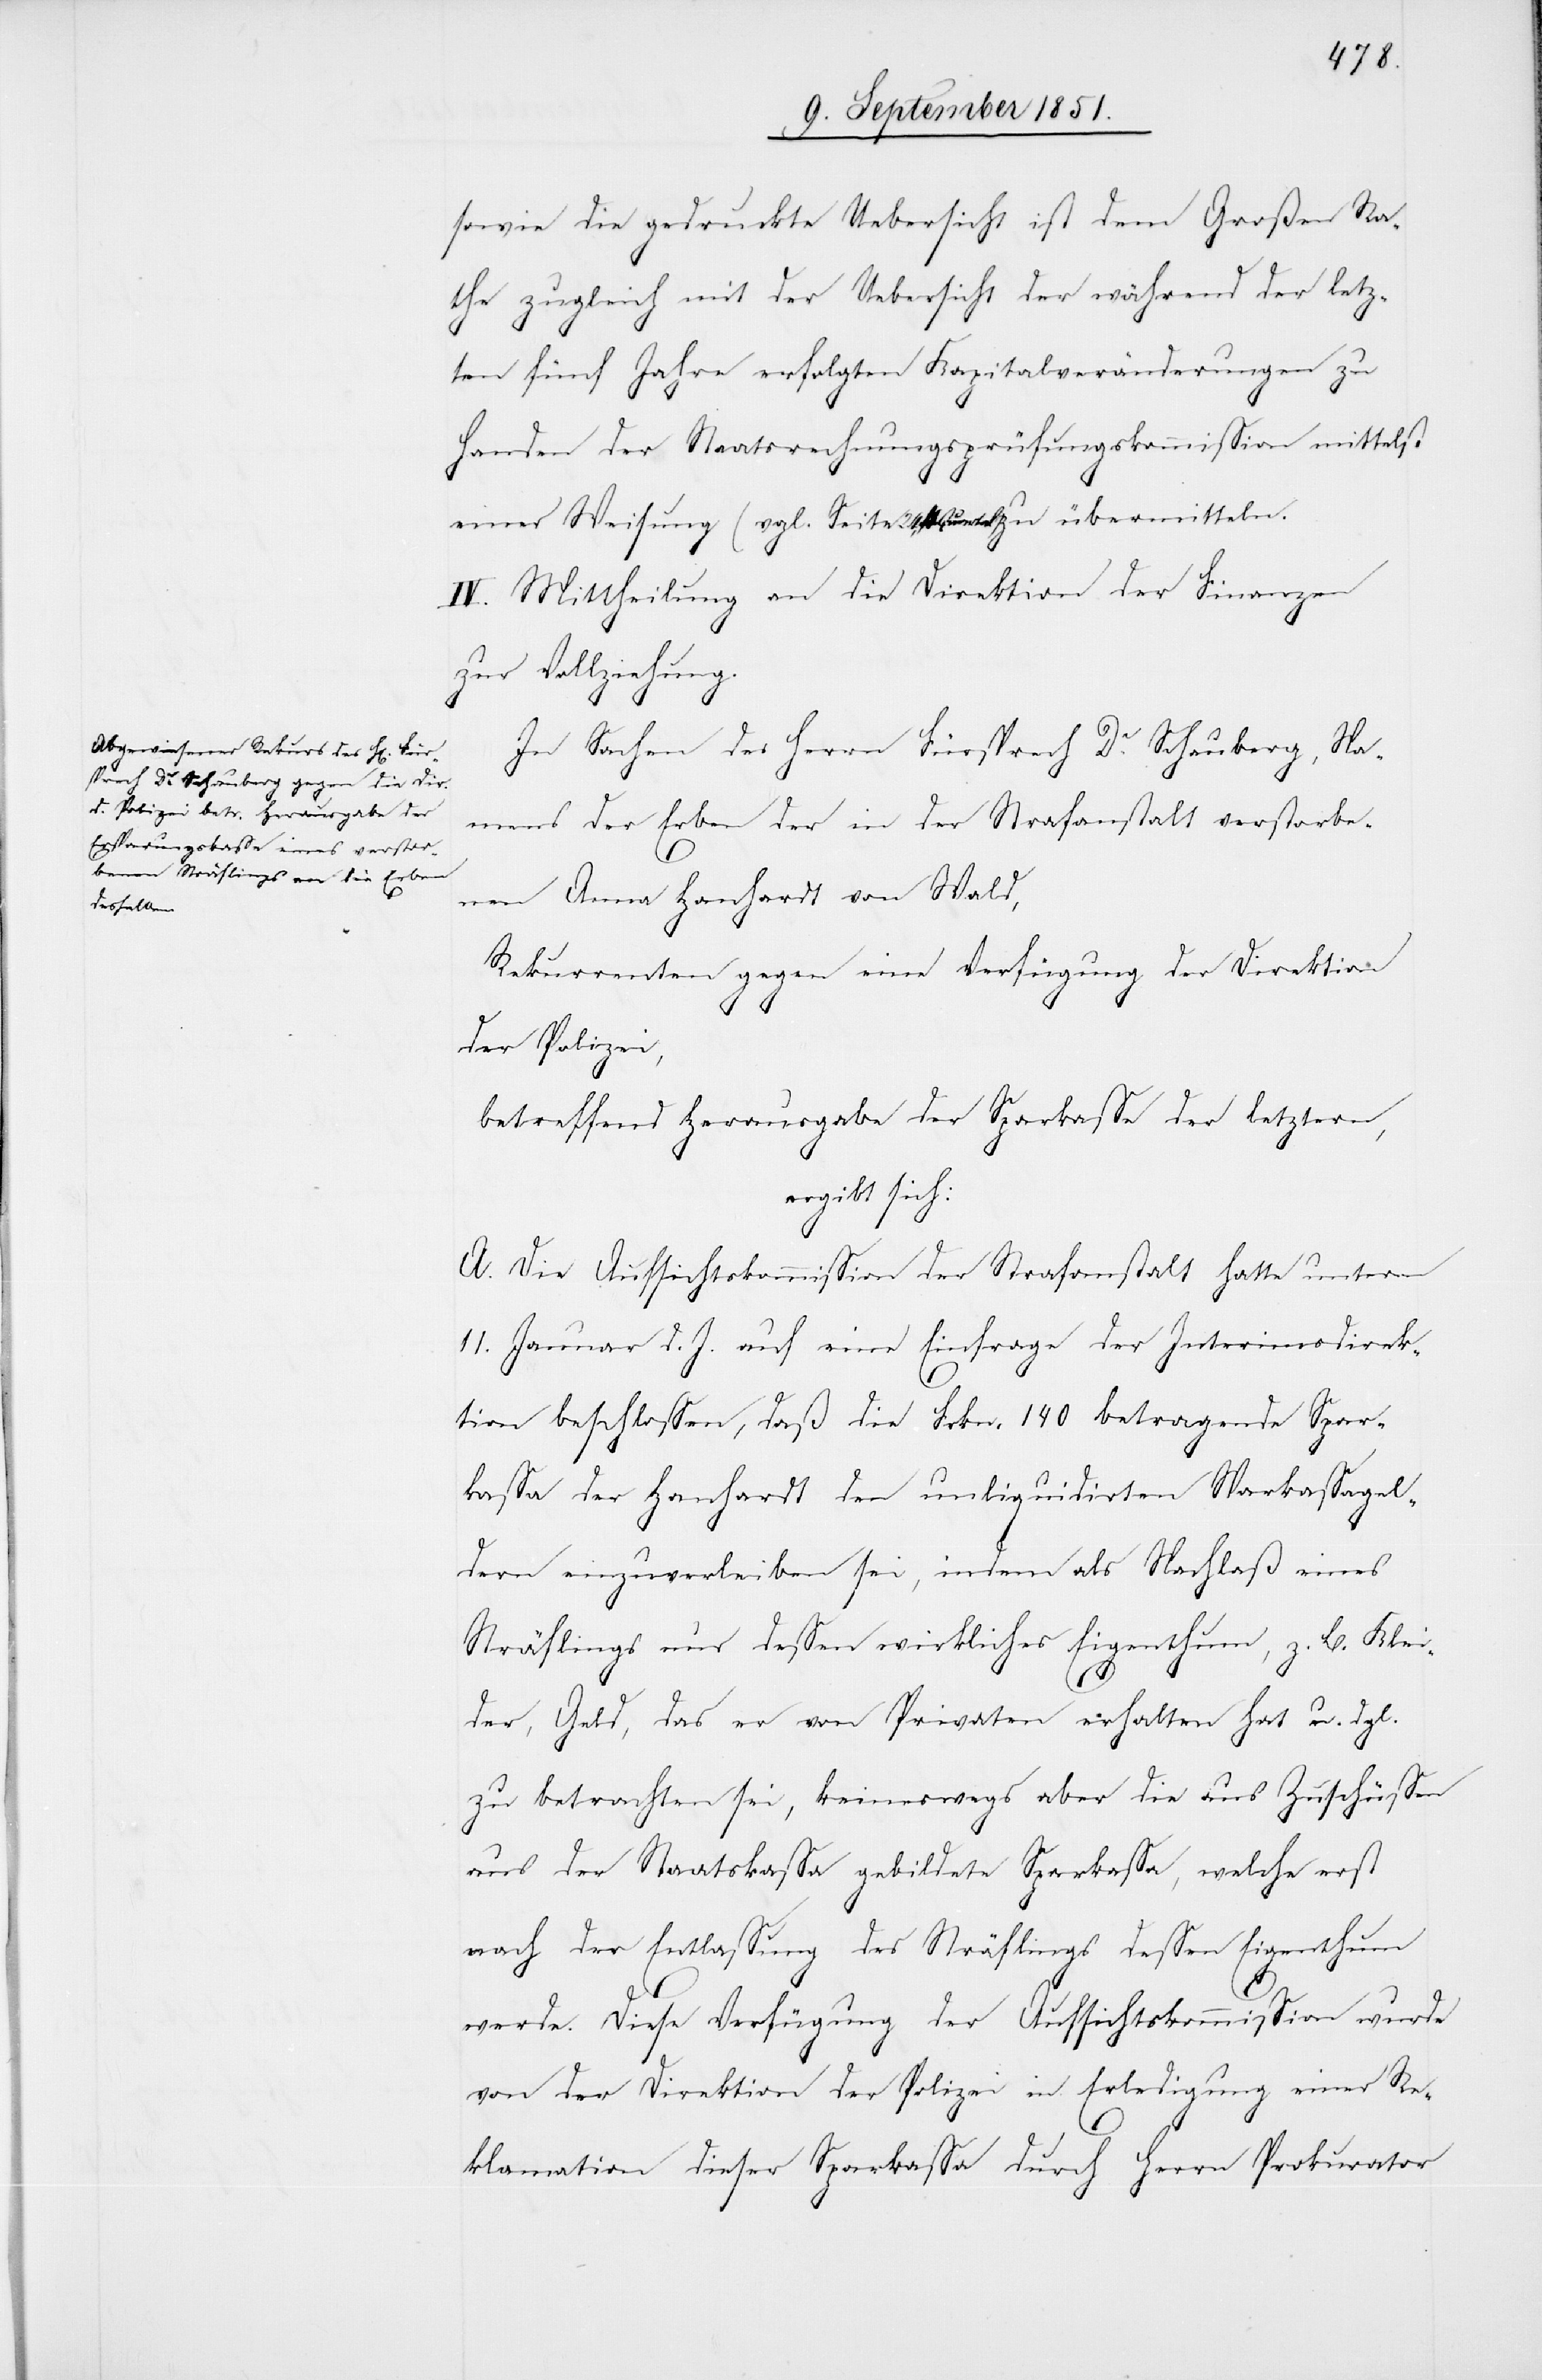
sowie die gedruckte Uebersicht ist dem Großen Ra¬
the zugleich mit der Uebersicht der während der letz¬
ten fünf Jahre erfolgten Kapitalveränderungen zu
Handen der Staatsrechnungsprüfungskommission mittelst
einer Weisung (vgl. Seite 24, 4. Quartal) zu übermitteln.
IV. Mittheilung an die Direktion der Finanzen
zur Vollziehung.
In Sachen des Herrn Fürsprech Dr. Schauberg, Na¬
mens der Erben der in der Strafanstalt verstorbe¬
nen Anna Hanhardt von Wald,
Rekurrenten gegen eine Verfügung der Direktion
der Polizei,
betreffend Herausgabe der Sparkasse der letztern,
ergibt sich:
A. Die Aufsichtskommission der Strafanstalt hatte unterm
11. Januar d. J. auf eine Einfrage der Interimsdirek¬
tion beschlossen, daß die Frkn. 140 betragende Spar¬
kassa der Hanhardt den unliquidirten Sparkassagel¬
dern einzuverleiben sei, indem als Nachlaß eines
Sträflings nur dessen wirkliches Eigenthum, z. B. Klei¬
der, Geld, das er von Privaten erhalten hat u. dgl.
zu betrachten sei, keineswegs aber die aus Zuschüssen
aus der Staatskassa gebildete Sparkassa, welche erst
nach der Entlassung des Sträflings dessen Eigenthum
werde. Diese Verfügung der Aufsichtskommission wurde
von der Direktion der Polizei in Erledigung einer Re¬
klamation dieser Sparkassa durch Herrn Prokurator